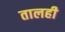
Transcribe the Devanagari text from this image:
तालही